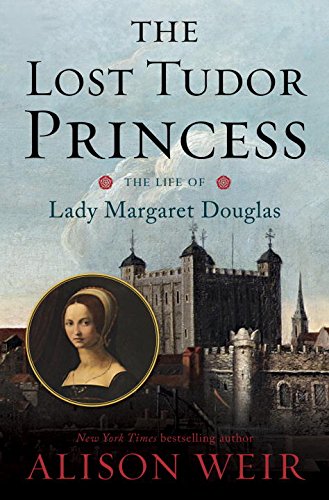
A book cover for The Lost Tudor Princess: The Life of Lady Margaret Douglas; Alison Weir; Biographies & Memoirs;